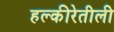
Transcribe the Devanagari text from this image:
हल्‍कीरेतीली